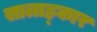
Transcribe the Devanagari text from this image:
सालाह्कार